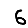
Digit: 6